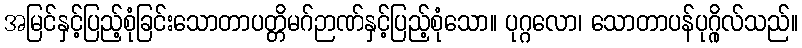
အမြင်နှင့်ပြည့်စုံခြင်းသောတာပတ္တိမဂ်ဉာဏ်နှင့်ပြည့်စုံသော။ ပုဂ္ဂလော၊ သောတာပန်ပုဂ္ဂိုလ်သည်။